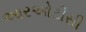
આરઓટીસી